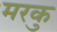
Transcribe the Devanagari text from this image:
मरकु